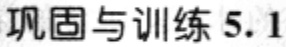
巩固与训练 5.1